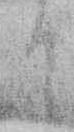
ニ